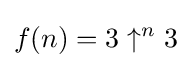
f(n)=3\uparrow ^{n}3